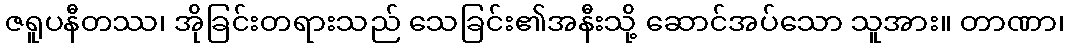
ဇရူပနီတဿ၊ အိုခြင်းတရားသည် သေခြင်း၏အနီးသို့ ဆောင်အပ်သော သူအား။ တာဏာ၊